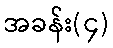
အခန်း(၄)